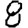
Digit: 8